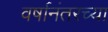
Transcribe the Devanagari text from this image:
वर्षानंतरच्या